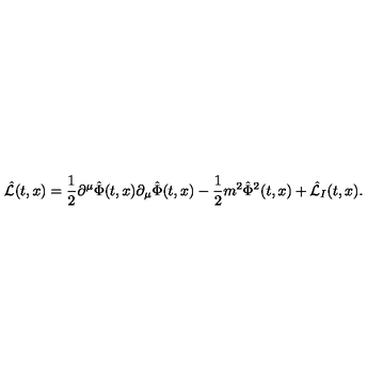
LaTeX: \hat { \cal L } ( t , x ) = { \frac { 1 } { 2 } } \partial ^ { \mu } \hat { \Phi } ( t , x ) \partial _ { \mu } \hat { \Phi } ( t , x ) - { \frac { 1 } { 2 } } m ^ { 2 } \hat { \Phi } ^ { 2 } ( t , x ) + \hat { \cal L } _ { I } ( t , x ) .